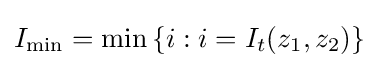
I_{\operatorname {min} }=\min {\{i:i=I_{t}(z_{1},z_{2})\}}